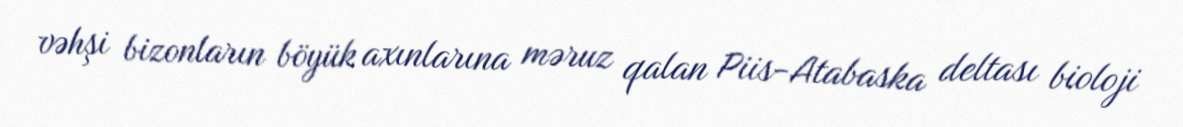
vəhşi bizonların böyük axınlarına məruz qalan Piis-Atabaska deltası bioloji